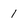
Character: 1